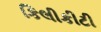
કિલીકીટી